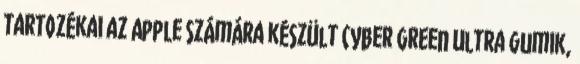
tartozékai az Apple számára készült Cyber Green Ultra gumik,